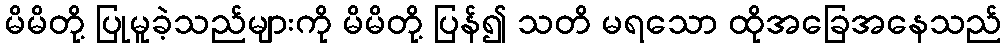
မိမိတို့ ပြုမူခဲ့သည်များကို မိမိတို့ ပြန်၍ သတိ မရသော ထိုအခြေအနေသည်